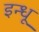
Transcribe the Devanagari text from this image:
इन्धू